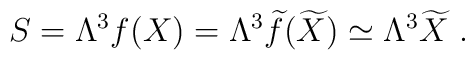
S=\Lambda^3 f(X)=\Lambda^3 {\widetilde f} ({\widetilde X})\simeq \Lambda^3{\widetilde X}~.